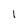
Character: 1